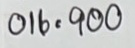
016 = 900